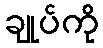
ချုပ်ကို